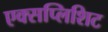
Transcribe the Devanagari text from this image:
एक्सप्लिशिट